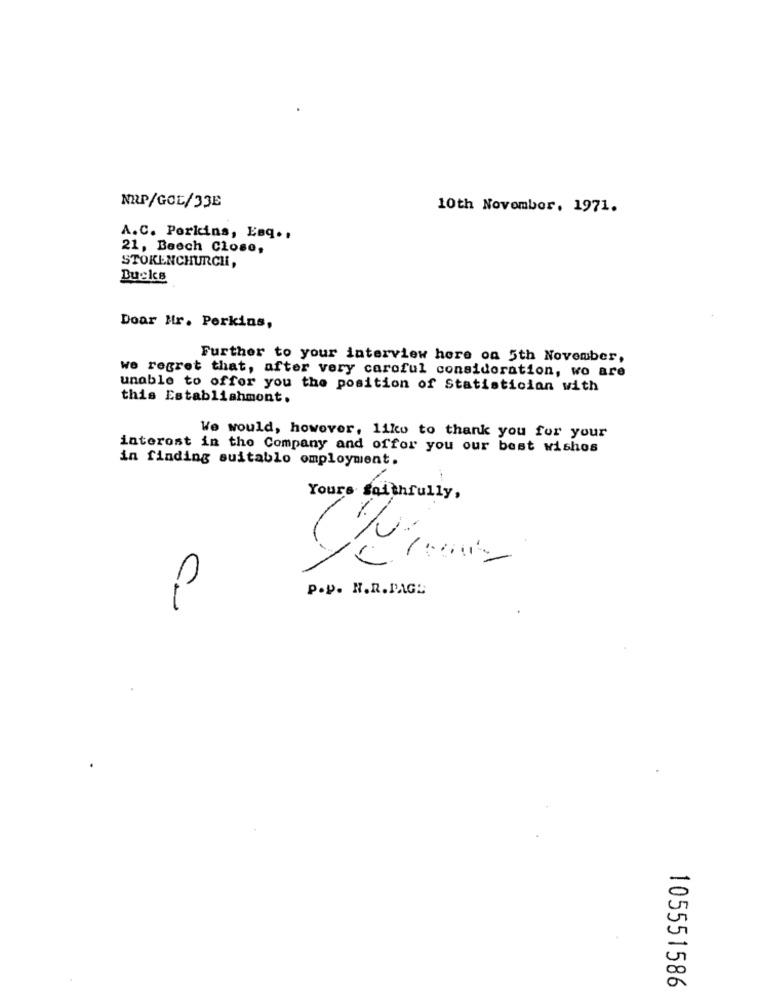
NEP/GOE/33E
10th November, 1971.
A.C. Perkins, Eng ..
21, Beech Close,
STOKENCHURCH,
Bucks
Doar Mr. Perkins,
Further to your interview here on 5th November,
we regret that, after very careful consideration, wo are
unable to offer you the position of Statistician with
this Establishmont.
We would, however, like to thank you for your
interest in the Company and offor you our best wishes
in finding suitablo employment.
Yours faithfully ,
P.D. H.R.PAGE
C_
20
a
105551586